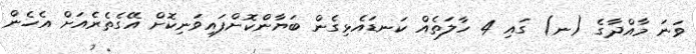
ވަނަ މާއްދާގެ (ނ) ގައި 4 ހާލަތެއް ކަނޑައެޅިގެން ބަޔާންކޮށްފައިވަނިކޮށް އޭގެތެރެއަށް އެހެން